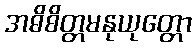
အဓိစိတ္တမနုယုတ္တော